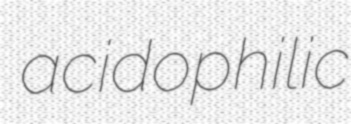
acidophilic